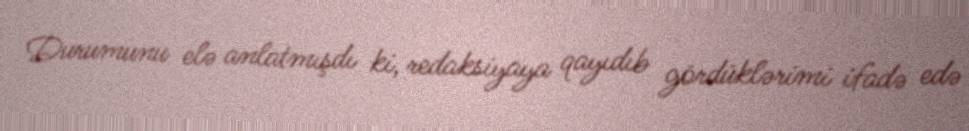
Durumunu elə anlatmışdı ki, redaksiyaya qayıdıb gördüklərimi ifadə edə